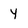
Character: y